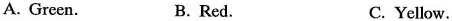
A. Green. B. Red. C. Yellow.